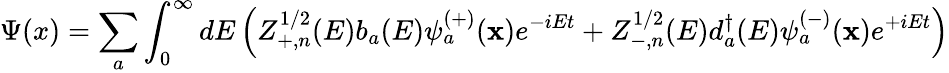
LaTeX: \Psi(x)=\sum_{a}\int_{0}^{\infty}dE\left(Z_{+,n}^{1/2}(E)b_{a}(E)\psi_{a}^{(+)}({\mathbf x})e^{-iEt}+Z_{-,n}^{1/2}(E)d_{a}^{\dagger}(E)\psi_{a}^{(-)}({\mathbf x})e^{+iEt}\right)